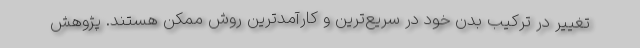
تغییر در ترکیب بدن خود در سریع‌ترین و کارآمدترین روش ممکن هستند. پژوهش